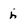
Character: h